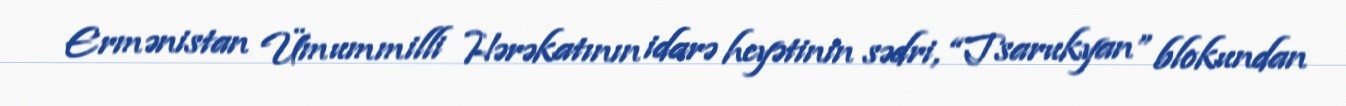
Ermənistan Ümummilli Hərəkatının idarə heyətinin sədri, “Tsarukyan” blokundan